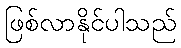
ဖြစ်လာနိုင်ပါသည်